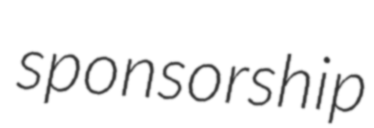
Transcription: sponsorship